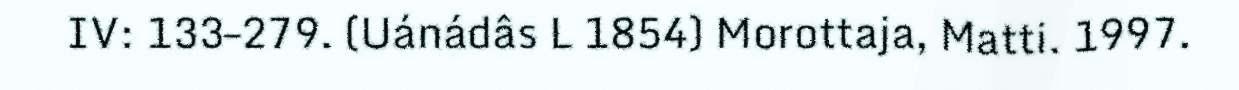
IV: 133–279. (Uánádâs L 1854) Morottaja, Matti. 1997.